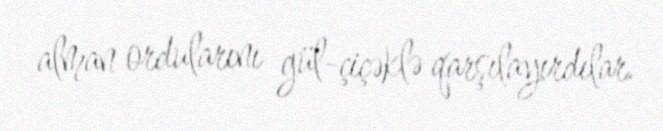
alman ordularını gül-çiçəklə qarşılayırdılar.